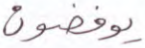
يوفضون